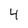
Character: 4